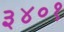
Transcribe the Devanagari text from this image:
३४०१